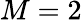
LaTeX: M=2